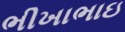
ભીખાભાઇ